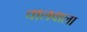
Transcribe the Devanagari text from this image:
चालवाला